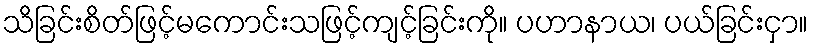
သိခြင်းစိတ်ဖြင့်မကောင်းသဖြင့်ကျင့်ခြင်းကို။ ပဟာနာယ၊ ပယ်ခြင်းငှာ။